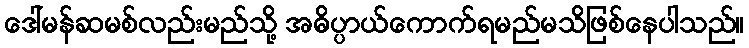
ဒေါ်မန်ဆမစ်လည်းမည်သို့ အဓိပ္ပာယ်ကောက်ရမည်မသိဖြစ်နေပါသည်။